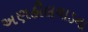
અણહીલવાડના